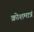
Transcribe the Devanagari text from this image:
क्रोशमात्रं